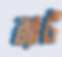
ব্র্যাট